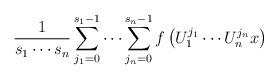
LaTeX: \begin{align*}\frac{1}{s_1\cdots s_{n}}\sum_{j_1=0}^{s_1-1}\cdots\sum_{j_n=0}^{s_n-1}f\left(U_1^{j_1}\cdots U_n^{j_n} x\right)\end{align*}